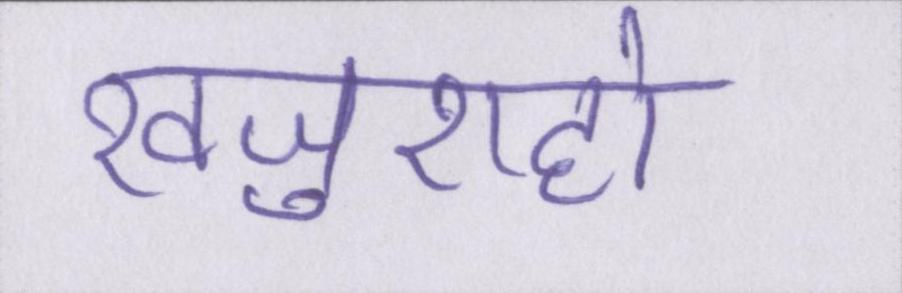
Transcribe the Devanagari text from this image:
खजुराहो